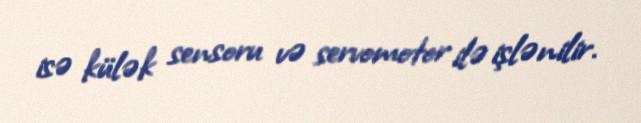
isə külək sensoru və servomotor ilə işlənilir.